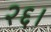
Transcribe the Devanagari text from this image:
२६।